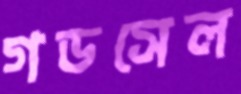
গডসেল